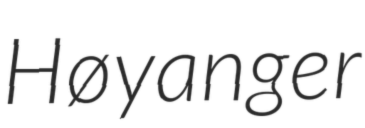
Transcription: Høyanger